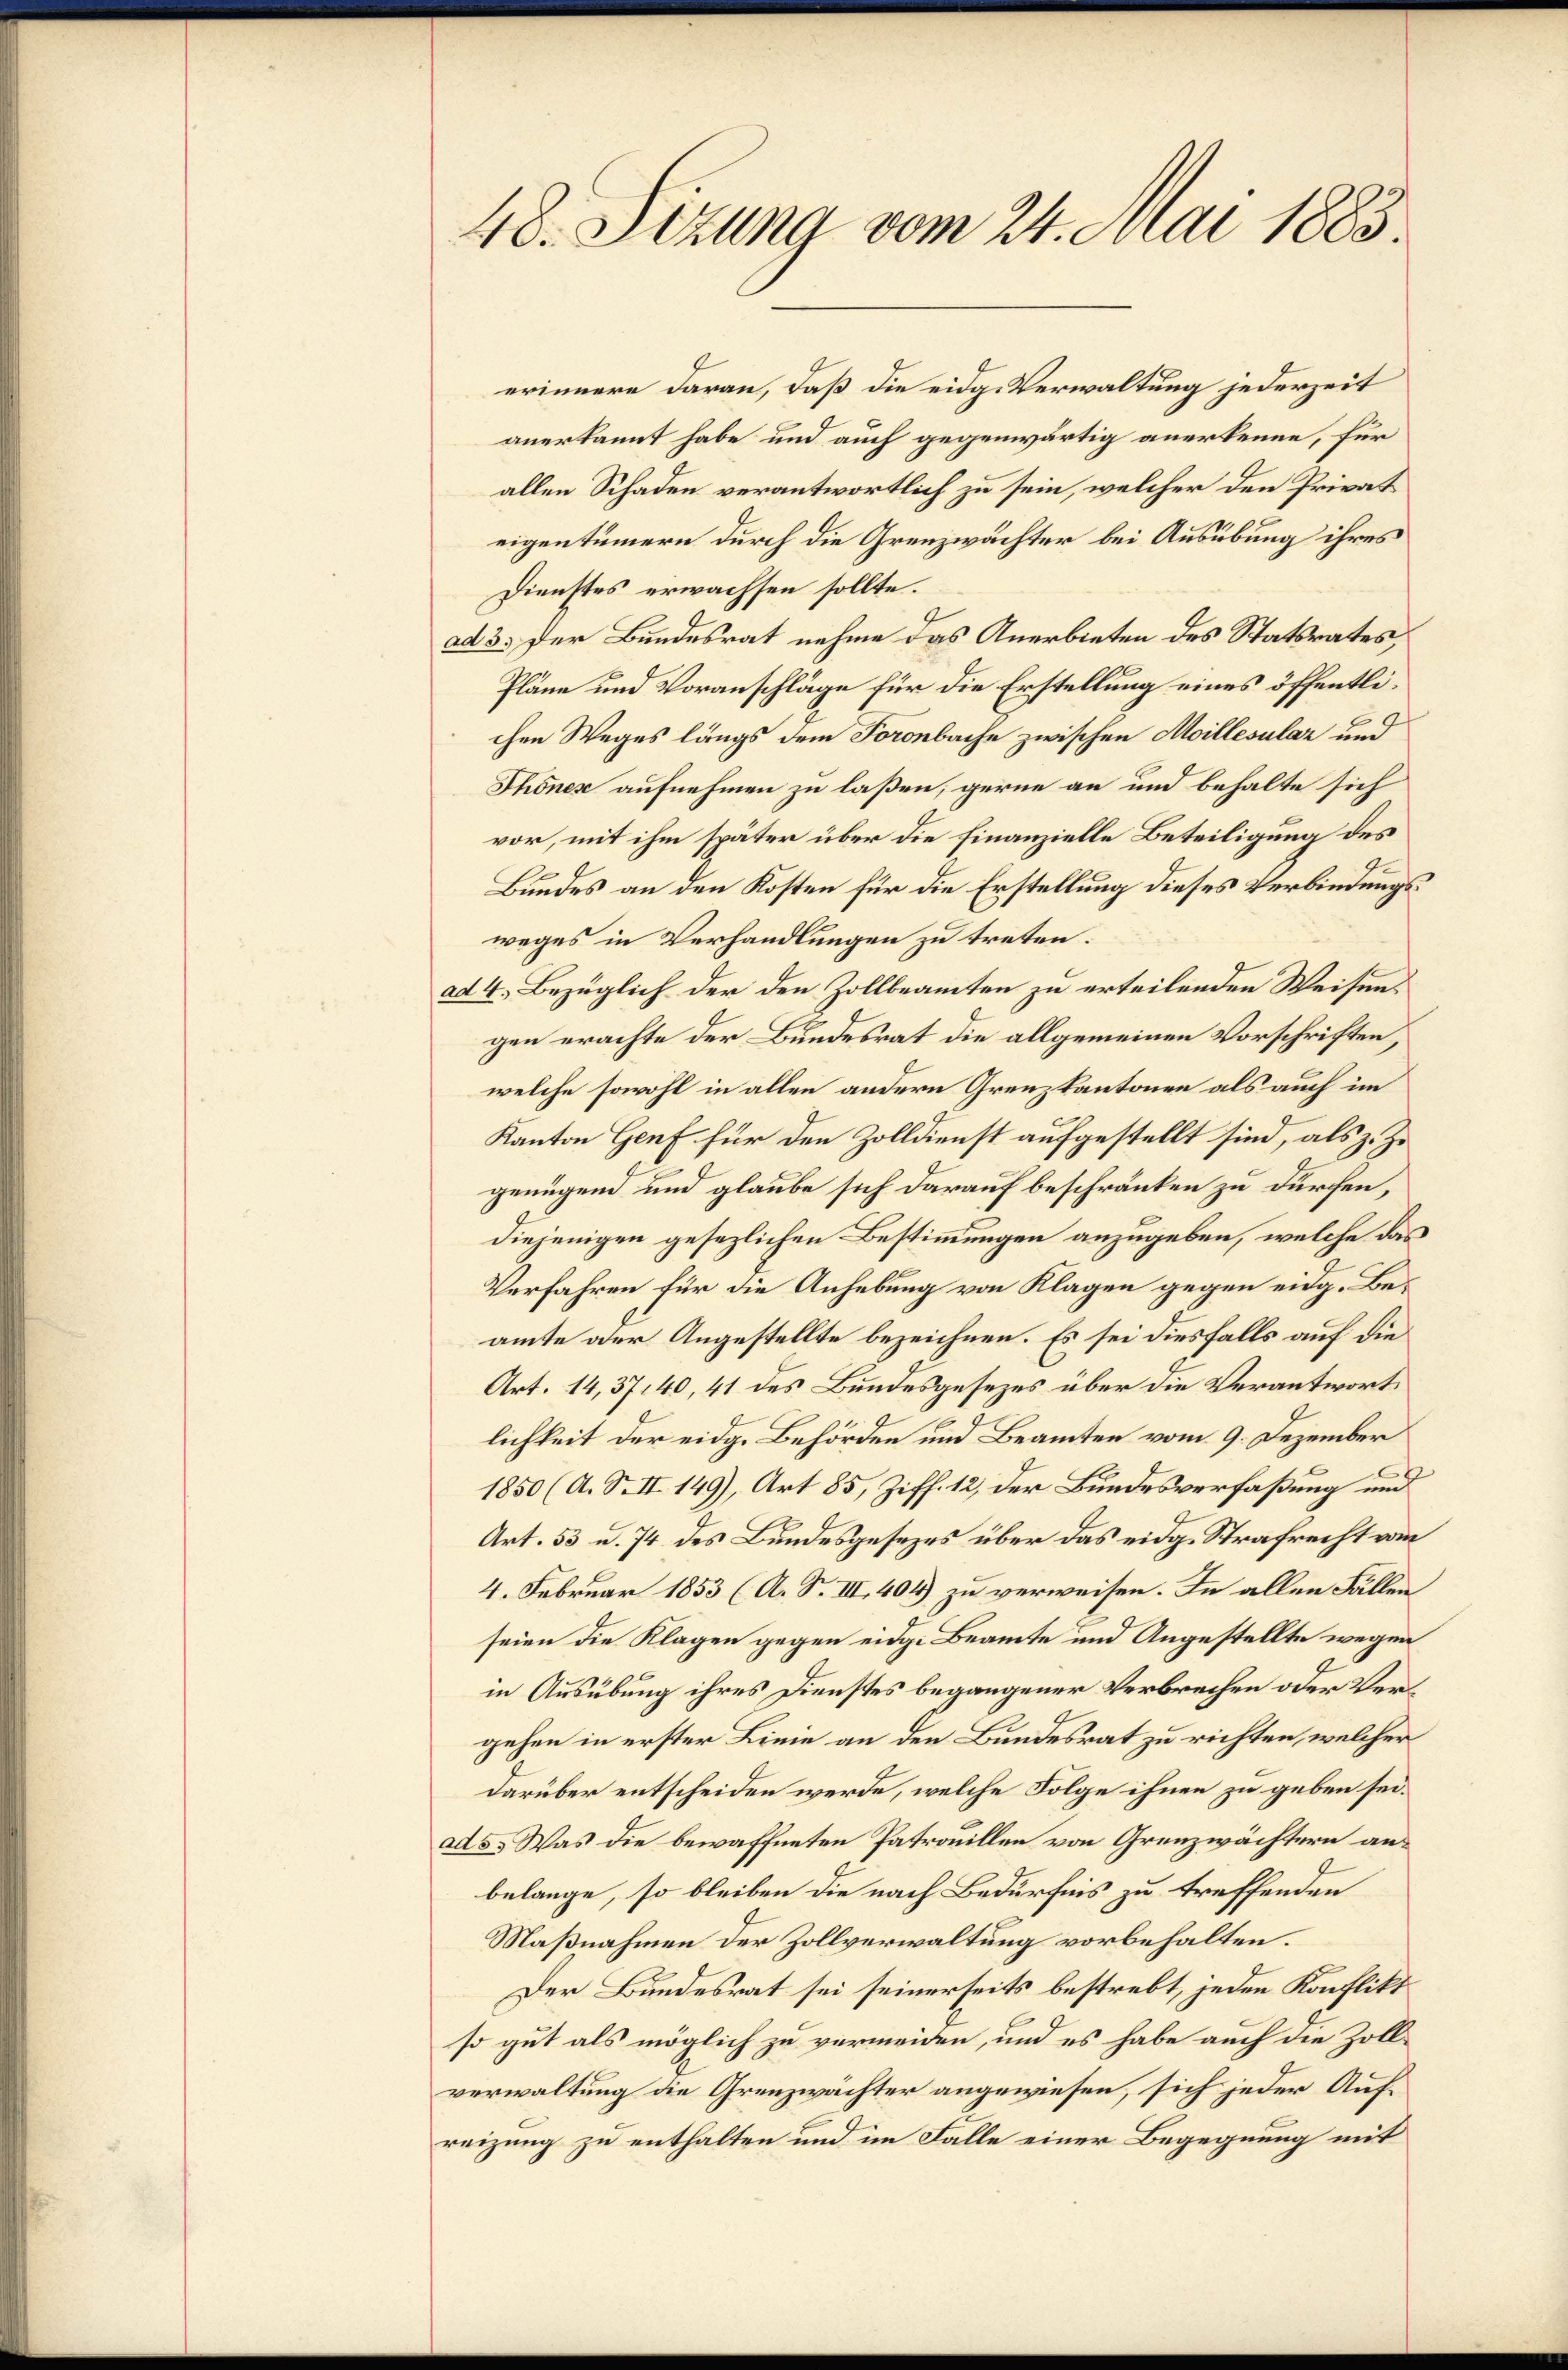
48. Sizung vom 21. Mai 1883.

erinnere daran, daß die eidg. Verwaltung jederzeit
anerkannt habe und auch gegenwärtig anerkenne, für
allen Schaden verantwortlich zu sein, welcher den Privat
eigentümern durch die Grenzwächter bei Ausübung ihres
Dienstes erwachsen sollte.
ad 3. Der Bundesrat nehme das Anerbieten des Statsrates,
Pläne und Voranschläge für die Erstellung eines öffentlichen Weges längs dem Foronbache zwischen Moillesular und
Thönes aufnehmen zu laßen, gerne an und behalte sich
vor, mit ihm später über die Finanzielle Beteiligung des
ge
e
Bundes an den Kosten für die Erstellung dieses Verbindungsweges in Verhandlungen zu treten.
ad 4. Bezüglich der den Zollbeamten zu erteilenden Weisengen erachte der Bundesrat die allgemeinen Vorschriften,
welche sowohl in allen andern Grenzkantonen als auch im
Kanton Genf für den Zolldienst aufgestellt sind, als z. Z.
genügend und glaube sich darauf beschränken zu dürfen,
diejenigen gesezlichen Bestimmungen anzugeben, welche das
Verfahren für die Anhebung von Klagen gegen eidg. Beamte der Angestellte bezeichnen. Es sei diesfalls auf die
Art. 14,37,40, 41 des Bundesgesezes über die Verantwort,
lichkeit der eidg. Behörden und Beamten vom 9. Dezember
1850 (A. S. II 149), Art 85, Ziff. 12, der Bundesverfaßung und
Art. 53 u. 74 des Bundesgesezes über das eidg. Strafrecht vom
4. Februar 1853 (A. S. III. 404) zu verweisen. In allen Fällen
seien die Klagen gegen eidge Beamte und Angestellte wegen
in Ausübung ihres Dienstes begangener Verbrechen oder Vergehen in erster Linie an den Bundesrat zu richten, welcher
darüber entscheiden werde, welche Folge ihnen zu geben sei.
ad a. Was die bewaffneten Patrouillen von Grenzwächtern anbelange, so bleiben die nach Bedürfnis zu treffenden
Maßnahmen der Zollverwaltung vorbehalten.
Der Bundesrat sei seinerseits bestrebt, jeden Konflikt
so gut als möglich zu vermeiden, und es habe auch die Zollverwaltung die Grenzwächter angewiesen, sich jeder Aufreizung zu enthalten und im Falle einer Begegnung mit